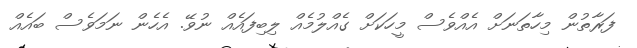
ފަރާތުން މިހާތަނަށް އެއްވެސް މީހަކަށް ގެއްލުމެއް ލިބިފައެއް ނުވޭ. އެހެން ނަމަވެސް ބައެއް